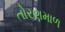
તોરણમાળ